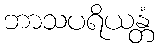
ဘာသပရိယန္တံ